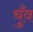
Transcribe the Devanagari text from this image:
चुँव